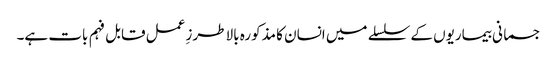
جسمانی بیماریوں کے سلسلے میں انسان کا مذکورہ بالا طرزِ عمل قابل فہم بات ہے۔